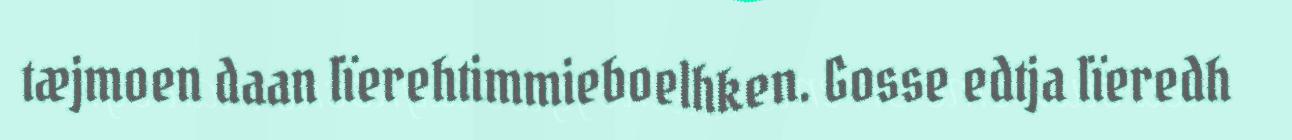
tæjmoen daan lïerehtimmieboelhken. Gosse edtja lïeredh